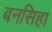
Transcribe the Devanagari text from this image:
बनसिहा